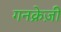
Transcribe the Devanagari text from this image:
गनक्रेज़ी